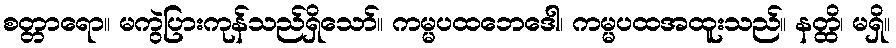
စတ္တာရော။ မကွဲပြားကုန်သည်ရှိသော်။ ကမ္မပထဘေဒေါ၊ ကမ္မပထအထူးသည်။ နတ္ထိ၊ မရှိ။